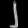
Digit: ၂